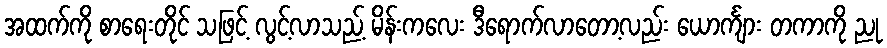
အထက်ကို စာရေးတိုင် သဖြင့် လွင့်လာသည့် မိန်းကလေး ဒီရောက်လာတော့လည်း ယောင်္ကျား တကာကို ညု